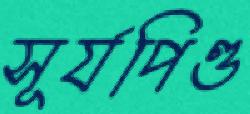
সূর্যপিণ্ড